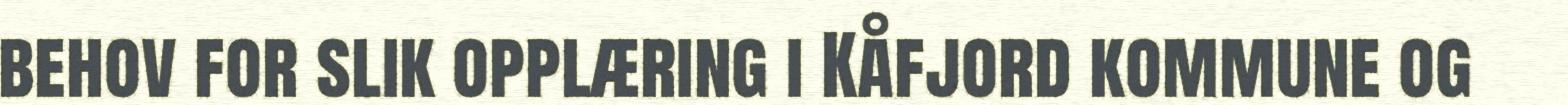
behov for slik opplæring i Kåfjord kommune og